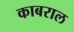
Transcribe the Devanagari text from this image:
काबराल